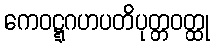
ကေဝဋ္ဋဂဟပတိပုတ္တဝတ္ထု